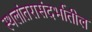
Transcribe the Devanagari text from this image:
स्थलांतरासंदर्भातील